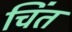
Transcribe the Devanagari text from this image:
चिंत